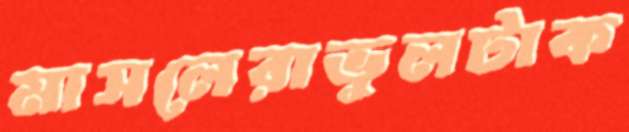
মাসলেরাভুলটাক